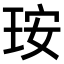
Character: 𤥃